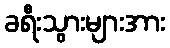
ခရီးသွားများအား